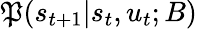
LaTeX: \mathfrak{P}(s_{t+1}|s_{t},u_{t};B)